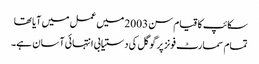
سکائپ کا قیام سن 2003 میں عمل میں آیا تھا
تمام سمارٹ فونز پر گوگل کی دستیابی انتہائی آسان ہے۔